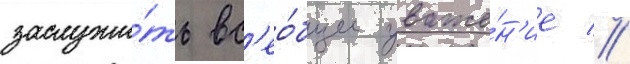
заслужи́ть вс'ео́бщее уваже́н'ие //